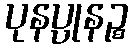
ပုနပ္ပုနဉ္စ